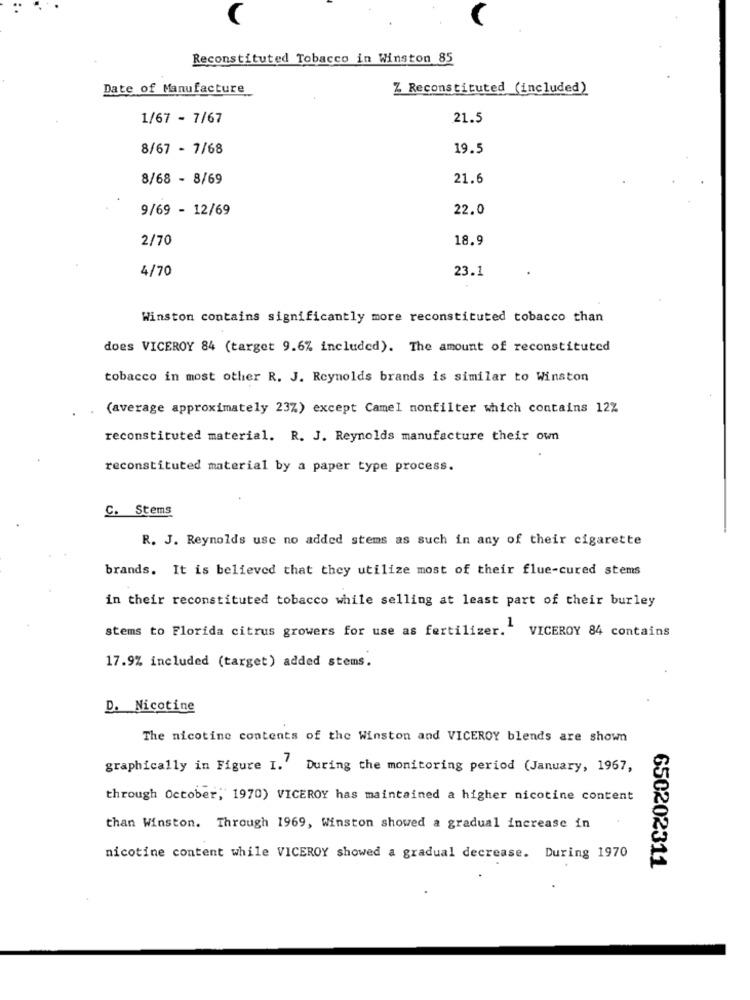
Reconstituted Tobacco in Winston 85
Date of Manufacture
Z Reconstituted (included)
1/67 - 7/67
21.5
8/67 - 7/68
19.5
8/68 - 8/69
21.6
9/69 - 12/69
22.0
2/70
18.9
4/70
23.1
Winston contains significantly more reconstituted tobacco than
does VICEROY 84 (target 9.6% included). The amount of reconstituted
tobacco in most other R. J. Reynolds brands is similar to Winston
(average approximately 23%) except Camel nonfilter which contains 12%
reconstituted material. R. J. Reynolds manufacture their own
reconstituted material by a paper type process.
C. Stems
R. J. Reynolds usc no added stems as such in any of their cigarette
brands. It is believed that they utilize most of their flue-cured stems
in their reconstituted tobacco while selling at least part of their burley
stems to Florida citrus growers for use as fertilizer.
1
VICEROY 84 contains
17.9% included (target) added stems.
D. Nicotine
The nicotine contents of the Winston and VICEROY blends are shown
graphically in Figure I.' During the monitoring period (January, 1967,
through October, 1970) VICEROY has maintained a higher nicotine content
than Winston. Through 1969, Winston showed a gradual increase in
nicotine content while VICEROY showed a gradual decrease. During 1970
650202311